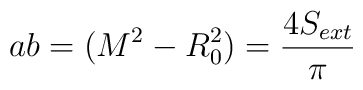
ab=(M^{2}-R_{0}^{2})=\frac{4S_{ext}}{\pi }